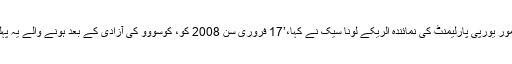
کوسووو کی نگرانی پر مامور يورپی پارليمنٹ کی نمائندہ اُلريکے لونا سيک نے کہا،’17 فروری سن 2008 کو، کوسووو کی آزادی کے بعد ہونے والے يہ پہلے پارليمانی انتخابات ہيں۔